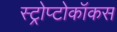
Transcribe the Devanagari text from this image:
स्ट्रोप्टोकॉकस